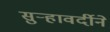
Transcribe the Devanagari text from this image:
सुर्‍हावर्दीने